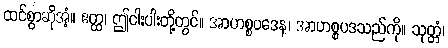
ထင်စွာဆိုအံ့။ ဧတ္ထ၊ ဤငါးပါးတို့တွင်။ အာဟစ္စပဒေန၊ အာဟစ္စပဒသည်ကို။ သုတ္တံ၊